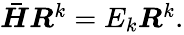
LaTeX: \begin{array}{r}{\boldsymbol{\bar{H}}\boldsymbol{R}^{k}=E_{k}\boldsymbol{R}^{k}.}\end{array}